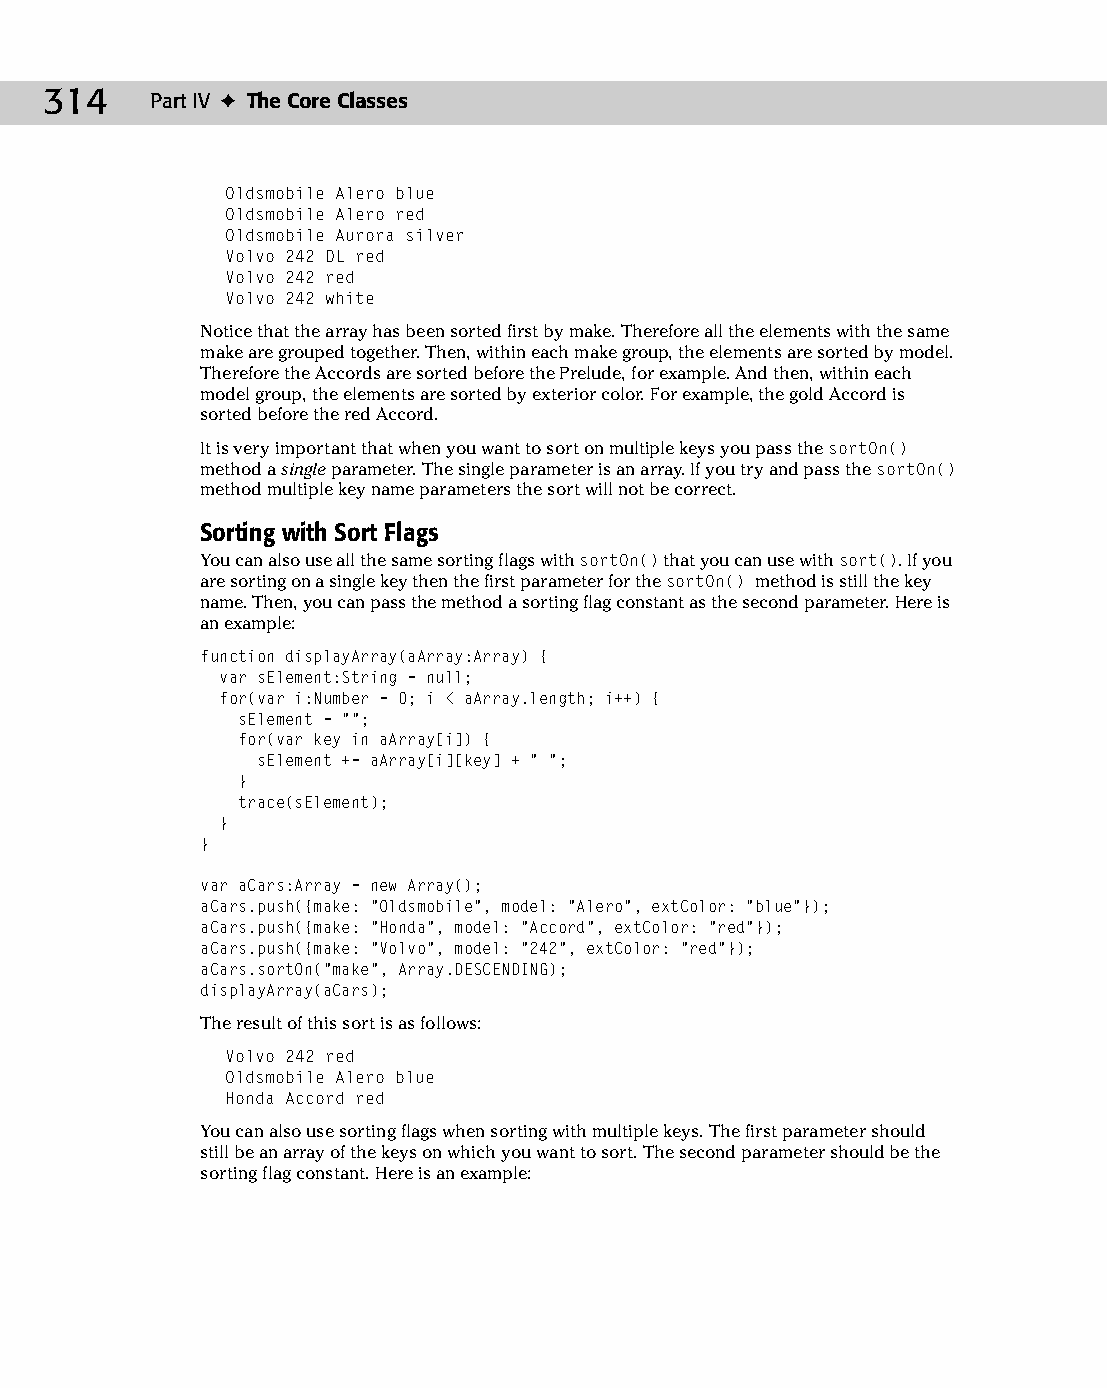
16 543547 ch11.qxd 3/24/04 3:48 PM Page 314
 314    Part IV ✦ The Core Classes
 Oldsmobile Alero blue
 Oldsmobile Alero red
 Oldsmobile Aurora silver
 Volvo 242 DL red
 Volvo 242 red
 Volvo 242 white
 Notice that the array has been sorted first by make. Therefore all the elements with the same
 make are grouped together. Then, within each make group, the elements are sorted by model.
 Therefore the Accords are sorted before the Prelude, for example. And then, within each
 model group, the elements are sorted by exterior color. For example, the gold Accord is
 sorted before the red Accord.
 It is very important that when you want to sort on multiple keys you pass the sortOn()
 method a single parameter. The single parameter is an array. If you try and pass the sortOn()
 method multiple key name parameters the sort will not be correct.
 Sorting with Sort Flags
 You can also use all the same sorting flags with sortOn() that you can use with sort(). If you
 are sorting on a single key then the first parameter for the sortOn() method is still the key
 name. Then, you can pass the method a sorting flag constant as the second parameter. Here is
 an example:
 function displayArray(aArray:Array) {
 var sElement:String = null;
 for(var i:Number = 0; i < aArray.length; i++) {
 sElement = “”;
 for(var key in aArray[i]) {
 sElement += aArray[i][key] + “ “;
 }
 trace(sElement);
 }
 }
 var aCars:Array = new Array();
 aCars.push({make: “Oldsmobile”, model: “Alero”, extColor: “blue”});
 aCars.push({make: “Honda”, model: “Accord”, extColor: “red”});
 aCars.push({make: “Volvo”, model: “242”, extColor: “red”});
 aCars.sortOn(“make”, Array.DESCENDING);
 displayArray(aCars);
 The result of this sort is as follows:
 Volvo 242 red
 Oldsmobile Alero blue
 Honda Accord red
 You can also use sorting flags when sorting with multiple keys. The first parameter should
 still be an array of the keys on which you want to sort. The second parameter should be the
 sorting flag constant. Here is an example: